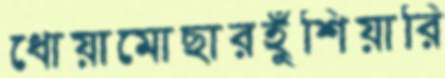
ধোয়ামোছারহুঁশিয়ারি